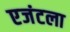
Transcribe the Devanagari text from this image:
एजंटला